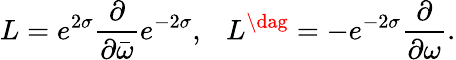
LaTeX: L=e^{2\sigma}\frac{\partial}{\partial\bar{\omega}}e^{-2\sigma},\ \ \ L^{\dag}=-e^{-2\sigma}\frac{\partial}{\partial\omega}.